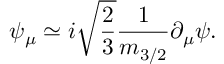
\psi _ { \mu } \simeq i \sqrt { \frac { 2 } { 3 } } \frac { 1 } { m _ { 3 / 2 } } \partial _ { \mu } \psi .